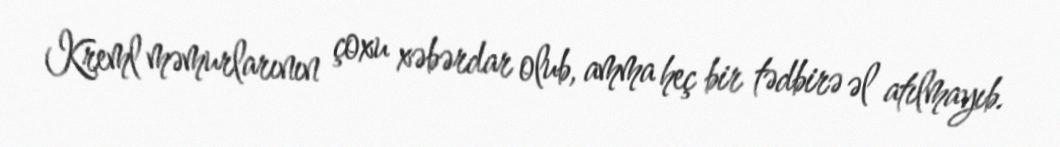
Kreml məmurlarının çoxu xəbərdar olub, amma heç bir tədbirə əl atılmayıb.